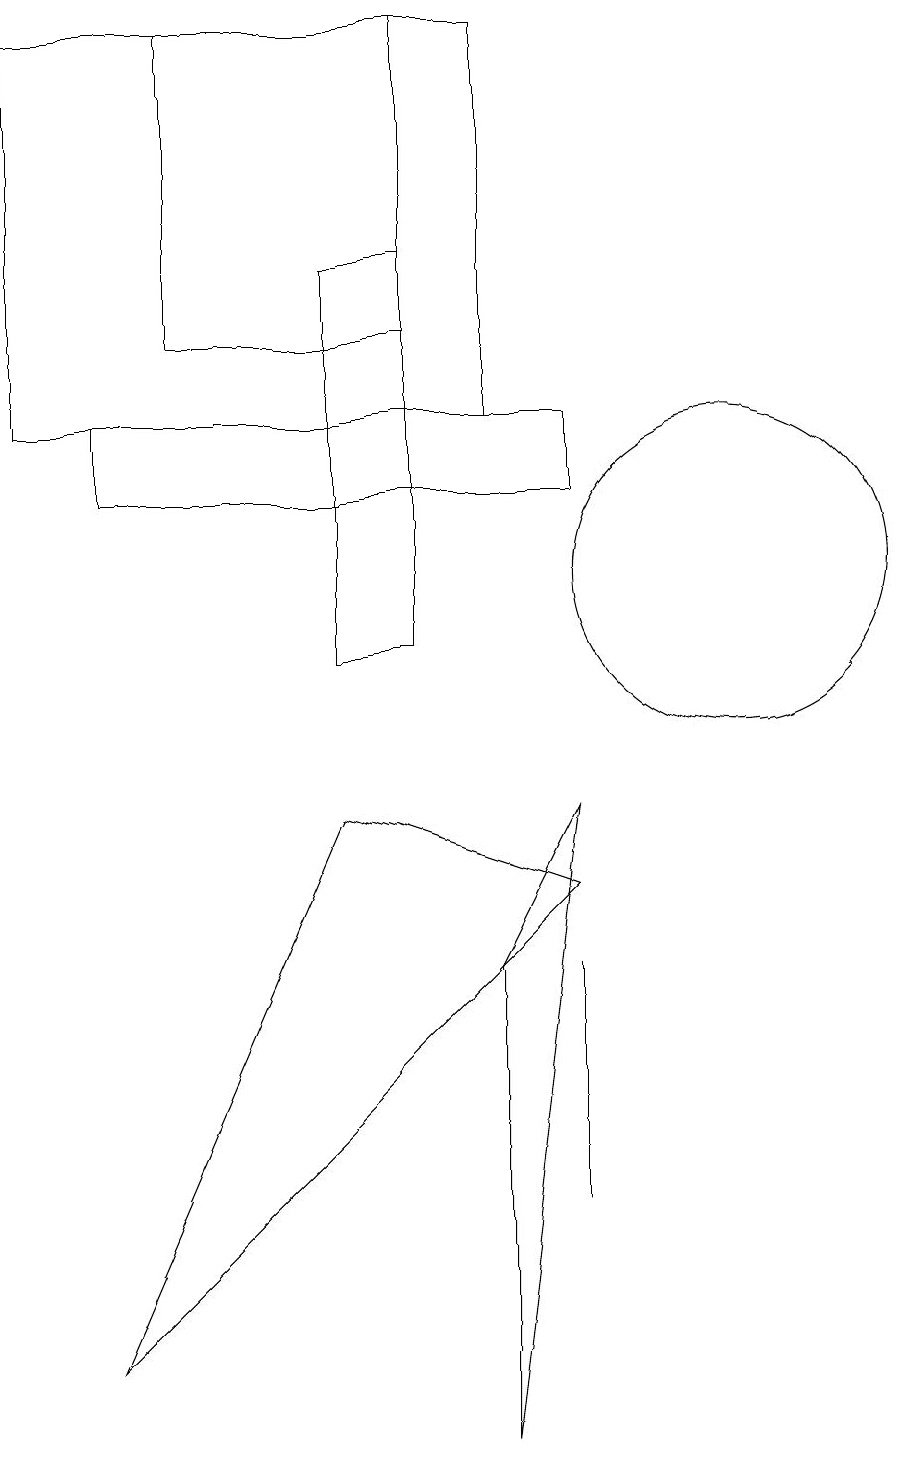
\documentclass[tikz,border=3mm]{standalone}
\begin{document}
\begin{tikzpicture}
\draw (7,0) -- (8,8) -- (7,6) -- cycle;
\draw (7,13) rectangle (1,18);
\draw (8,3) -- (8,6) -- (8,4) -- cycle;
\draw (10,11) circle (2);
\draw (5,10) rectangle (6,15);
\draw (5,8) -- (8,7) -- (2,1) -- cycle;
\draw (2,12) rectangle (8,13);
\draw (3,18) rectangle (6,14);
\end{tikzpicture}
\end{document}